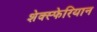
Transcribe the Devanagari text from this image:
शेक्स्फेरियान